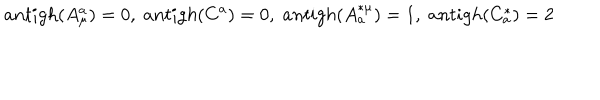
a n t i g h ( A _ { \mu } ^ { a } ) = 0 , \; a n t i g h ( C ^ { a } ) = 0 , \; a n t i g h ( A _ { a } ^ { * \mu } ) = 1 , \; a n t i g h ( C _ { a } ^ { * } ) = 2